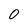
Character: 0